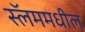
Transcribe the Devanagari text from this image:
स्लॅममधील